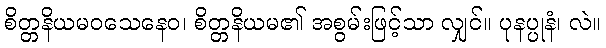
စိတ္တနိယမဝသေနေဝ၊ စိတ္တနိယမ၏ အစွမ်းဖြင့်သာ လျှင်။ ပုနပ္ပုနံ၊ လဲ။